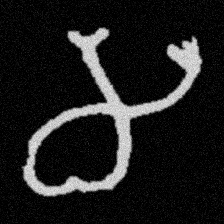
Pyu character \u2014 Myanmar letter: မ (romanized: ma)